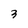
Character: 3